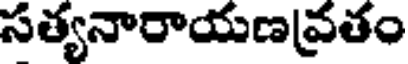
సత్యనారాయణవ్రతం